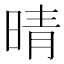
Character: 晴